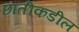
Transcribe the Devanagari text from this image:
छातीकडील